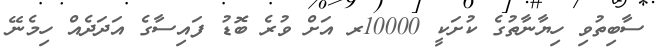
ސާބިތުވި ހިޔާނާތުގެ ކުށަކީ 10000ރ އަށް ވުރެ ބޮޑު ފައިސާގެ އަދަދެއް ހިމެނޭ